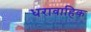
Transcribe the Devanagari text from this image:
धरावाहिक